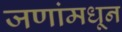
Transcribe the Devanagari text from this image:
जणांमधून